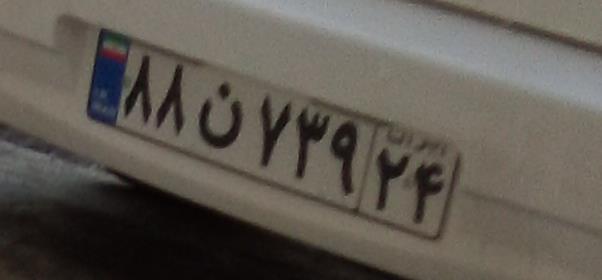
۸۸ن۷۳۹۲۴